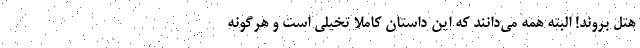
هتل بروند! البته همه می‌دانند که این داستان کاملا تخیلی است و هرگونه